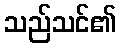
သည်သင်၏